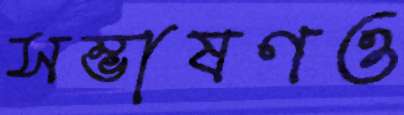
সম্ভাষণও